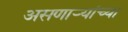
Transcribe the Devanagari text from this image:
असणाऱ्यांच्या